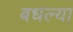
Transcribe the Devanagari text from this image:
बधल्या